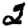
Digit: 2